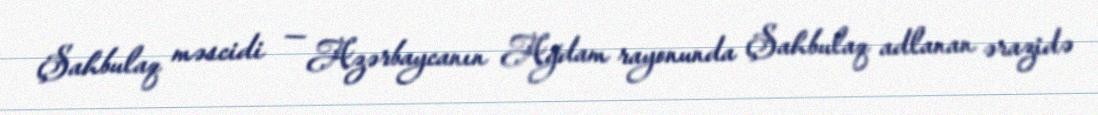
Şahbulaq məscidi — Azərbaycanın Ağdam rayonunda Şahbulaq adlanan ərazidə